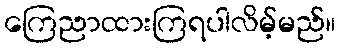
ကြေညာထားကြရပါလိမ့်မည်။